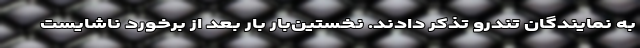
به نمایندگان تندرو تذکر دادند. نخستین‌بار بار بعد از برخورد ناشایست